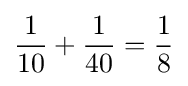
{\frac {1}{10}}+{\frac {1}{40}}={\frac {1}{8}}